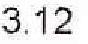
3.12S